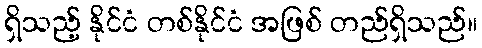
ရှိသည့် နိုင်ငံ တစ်နိုင်ငံ အဖြစ် တည်ရှိသည်။